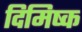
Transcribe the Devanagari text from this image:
दिमिष्क